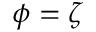
\phi = \zeta